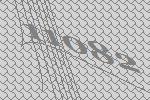
11082